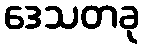
ဒေသတခု